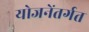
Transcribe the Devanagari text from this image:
योजनेंतर्गत